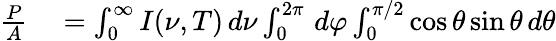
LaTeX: \begin{array}{rl}{{\frac{P}{A}}}&{{}=\int_{0}^{\infty}I(\nu,T)\, d\nu\int_{0}^{2\pi}\, d\varphi\int_{0}^{\pi/2}\cos\theta\sin\theta\, d\theta}\end{array}